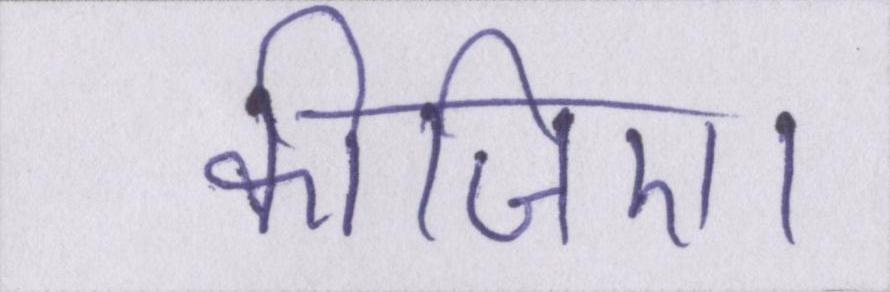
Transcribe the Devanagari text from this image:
कीजिए।